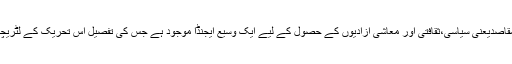
اس تحریک کے پروگرام میں انہیں تین مقاصدیعنی سیاسی،ثقافتی اور معاشی آزادیوں کے حصول کے لیے ایک وسیع ایجنڈا موجود ہے جس کی تفصیل اس تحریک کے لٹریچر میں وضاحت کے ساتھ لکھی گئی ہے۔